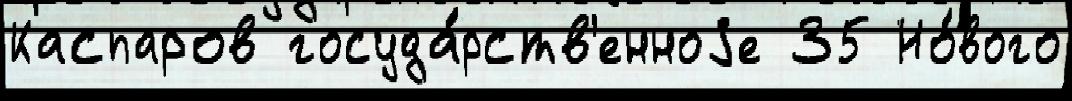
Каспаров госуда́рств'енноjе 35 Но́вого